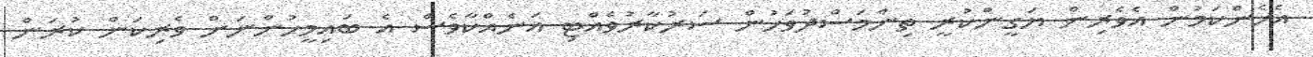
އެހެންކަމުން އެވެރިން ޔަގީންކުރީ ތިންމަސްދުވަހުން ސަރުކާރުވެއްޓި އަނެއްކާވެސް އެ ބައިމީހުންނަށް ވެރިކަން ކުރަން